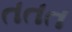
તતત